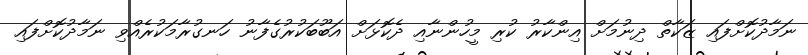
ނަމާދުކޮށްފައި ޒަކާތް ދިނުމަށް އިންކާރު ކުރި މީހުންނާއި ދެކޮޅަށް އަބޫބަކުރުގެފާނު ހަނގުރާމަކުރެއްވި ނަމާދުކޮށްފައި